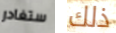
ستغادر ذلك